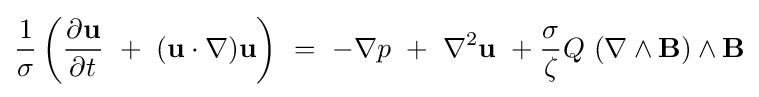
{\frac {1}{\sigma }}\left({\frac {\partial ^{}\mathbf {u} }{\partial t^{}}}\ +\ (\mathbf {u} \cdot \nabla )\mathbf {u} \right)\ =\ -{\mathbf {\nabla } }p\ +\ \nabla ^{2}\mathbf {u} \ +{\frac {\sigma }{\zeta }}{Q}\ ({\mathbf {\nabla } }\wedge \mathbf {B} )\wedge \mathbf {B}